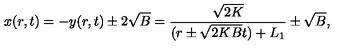
x ( r , t ) = - y ( r , t ) \pm 2 \sqrt { B } = \frac { \sqrt { 2 K } } { ( r \pm \sqrt { 2 K B } t ) + L _ { 1 } } \pm \sqrt { B } ,